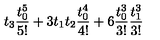
t _ { 3 } \frac { t _ { 0 } ^ { 5 } } { 5 ! } + 3 t _ { 1 } t _ { 2 } \frac { t _ { 0 } ^ { 4 } } { 4 ! } + 6 \frac { t _ { 0 } ^ { 3 } } { 3 ! } \frac { t _ { 1 } ^ { 3 } } { 3 ! }